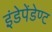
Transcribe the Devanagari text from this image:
इंडेपेंडेण्ट